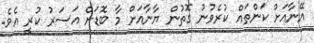
އޭނާއަށް ކަންތައް ކުރެވުނު ގޮތުން ޔާނާއަށް މާ ބޮޑަށް އަސަރު ކުރީ އެވެ.